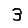
Digit: 3